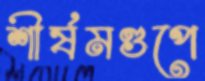
শীর্ষমণ্ডপে